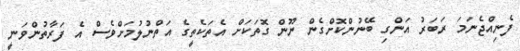
ފެނިއްޖެނަމަ ރަބަރު އަންގި ބޭނުންކޮށްގެން ނޫން ގޮތަކަށް އެތަކެތީގެ އަތްނުލުމަށްވެސް އެ ފަރާތުންވަނީ